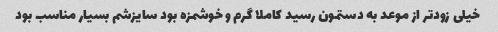
خیلی زودتر از موعد به دستمون رسید کاملا گرم و خوشمزه بود سایزشم بسیار مناسب بود